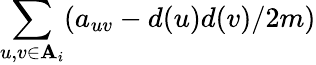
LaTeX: \sum_{u,v\in\mathbf{A}_{i}}(a_{uv}-d(u)d(v)/2m)